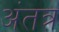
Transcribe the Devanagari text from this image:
अंतत्र